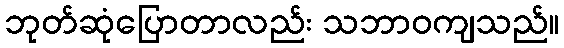
ဘုတ်ဆုံပြောတာလည်း သဘာဝကျသည်။